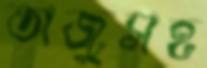
তাজুসহ